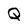
Character: Q